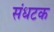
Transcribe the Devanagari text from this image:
संधटक